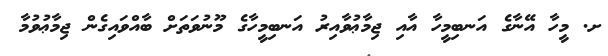
ށ. މީހާ އޭނާގެ އަނބިމީހާ އާއި ޖިމާޢުވާއިރު އަނބިމީހާގެ މޫނުވަތަށް ބާއްވައިގެން ޖިމާޢުވުމާ